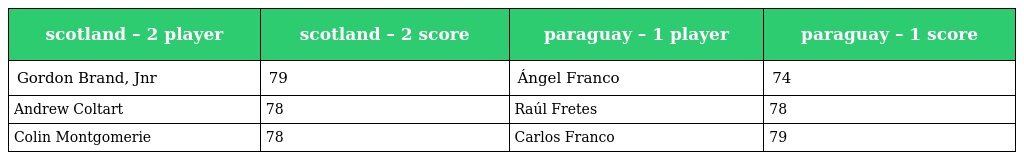
| scotland – 2 player | scotland – 2 score | paraguay – 1 player | paraguay – 1 score |
 | --- | --- | --- | --- |
 | Gordon Brand, Jnr | 79 | Ángel Franco | 74 |
 | Andrew Coltart | 78 | Raúl Fretes | 78 |
 | Colin Montgomerie | 78 | Carlos Franco | 79 |